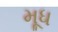
મૂધ